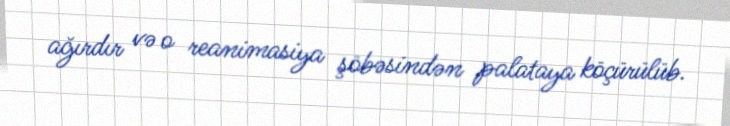
ağırdır və o reanimasiya şöbəsindən palataya köçürülüb.